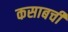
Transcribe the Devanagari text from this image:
कसाबची